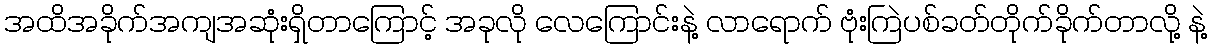
အထိအခိုက်အကျအဆုံးရှိတာကြောင့် အခုလို လေကြောင်းနဲ့ လာရောက် ဗုံးကြဲပစ်ခတ်တိုက်ခိုက်တာလို့ နဲ့